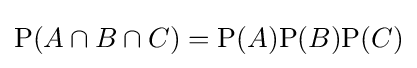
\mathrm {P} (A\cap B\cap C)=\mathrm {P} (A)\mathrm {P} (B)\mathrm {P} (C)